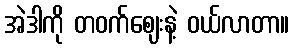
အဲဒါကို တဝက်ဈေးနဲ့ ဝယ်လာတာ။